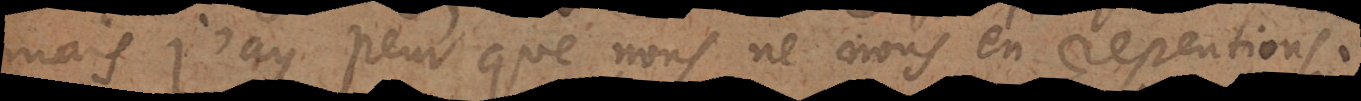
mais j’ay peur que nous ne nous en repentions.